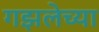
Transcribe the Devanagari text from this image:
गझलेच्या